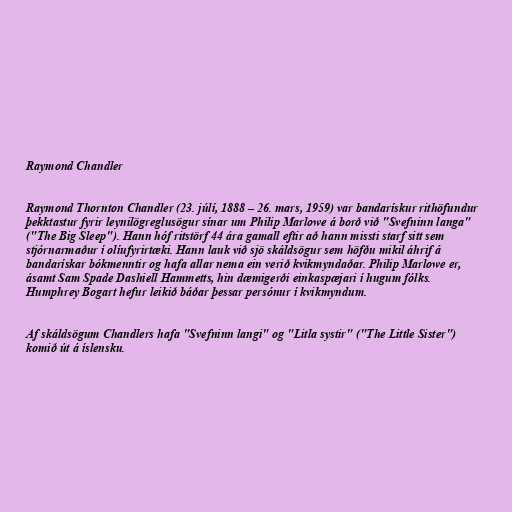
Raymond Chandler

Raymond Thornton Chandler (23. júlí, 1888 – 26. mars, 1959) var bandarískur rithöfundur
þekktastur fyrir leynilögreglusögur sínar um Philip Marlowe á borð við "Svefninn langa"
("The Big Sleep"). Hann hóf ritstörf 44 ára gamall eftir að hann missti starf sitt sem
stjórnarmaður í olíufyrirtæki. Hann lauk við sjö skáldsögur sem höfðu mikil áhrif á
bandarískar bókmenntir og hafa allar nema ein verið kvikmyndaðar. Philip Marlowe er,
ásamt Sam Spade Dashiell Hammetts, hin dæmigerði einkaspæjari í hugum fólks.
Humphrey Bogart hefur leikið báðar þessar persónur í kvikmyndum.

Af skáldsögum Chandlers hafa "Svefninn langi" og "Litla systir" ("The Little Sister")
komið út á íslensku.